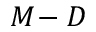
M \! - D